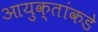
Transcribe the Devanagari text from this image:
आयुक्‍तांकडे